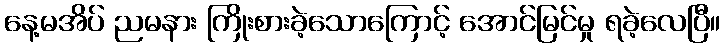
နေ့မအိပ် ညမနား ကြိုးစားခဲ့သောကြောင့် အောင်မြင်မှု ရခဲ့လေပြီ။